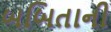
બબિતાની